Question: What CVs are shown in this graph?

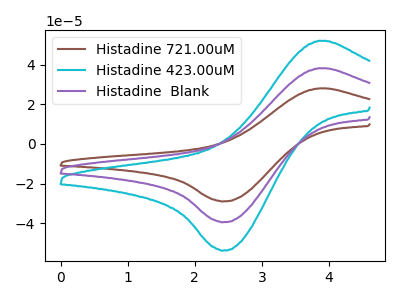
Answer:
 <answer>The brown curve is labeled "Histadine 721.00uM". The cyan curve is labeled "Histadine 423.00uM". The purple curve is labeled "Histadine  Blank".</answer>
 <eval></eval>